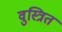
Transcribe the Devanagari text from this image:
वुस्त्रित